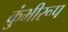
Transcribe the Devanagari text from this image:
कुंभीरूप